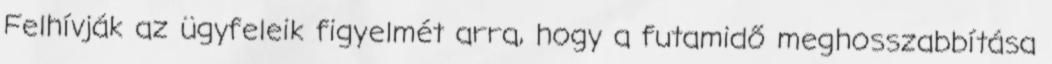
Felhívják az ügyfeleik figyelmét arra, hogy a futamidő meghosszabbítása